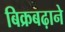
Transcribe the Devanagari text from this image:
बिक्रबढ़ाने